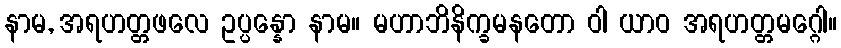
နာမ, အရဟတ္တဖလေ ဥပ္ပန္နော နာမ။ မဟာဘိနိက္ခမနတော ဝါ ယာဝ အရဟတ္တမဂ္ဂေါ။